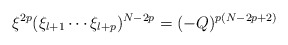
\begin{align*}\xi ^{2p}(\xi _{l+1}\cdots \xi _{l+p})^{N-2p}=(-Q)^{p(N-2p+2)} \end{align*}